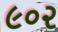
૯૦૨